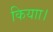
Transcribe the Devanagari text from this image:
कियाा।